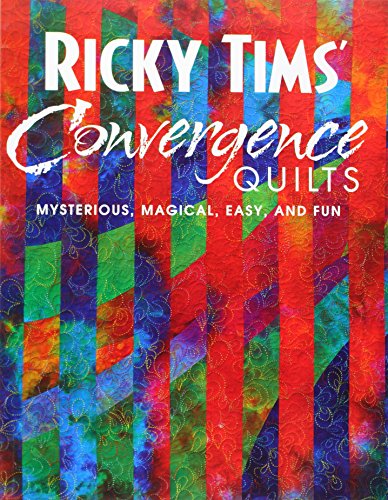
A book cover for Ricky Tims' Convergence Quilts: Mysterious, Magical, Easy, and Fun; Ricky Tims; Humor & Entertainment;